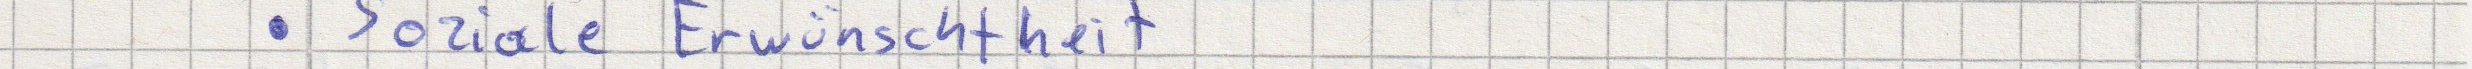
Soziale Erwünschtheit